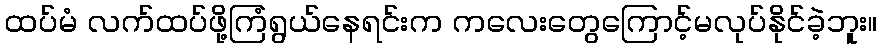
ထပ်မံ လက်ထပ်ဖို့ကြံရွယ်နေရင်းက ကလေးတွေကြောင့်မလုပ်နိုင်ခဲ့ဘူး။